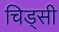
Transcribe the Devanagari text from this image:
चिड्सी